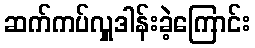
ဆက်ကပ်လှူဒါန်းခဲ့ကြောင်း